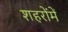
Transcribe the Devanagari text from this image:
शहरोंमें